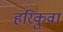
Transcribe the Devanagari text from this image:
हरिकुवा